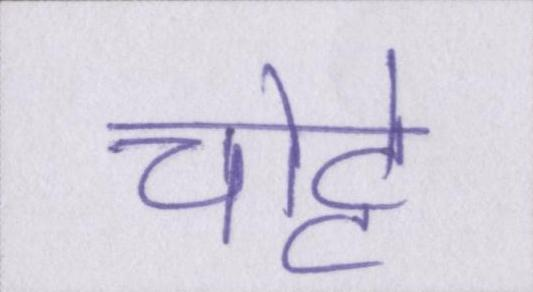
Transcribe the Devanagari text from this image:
चोट्टे